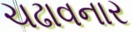
ચઢાવનાર